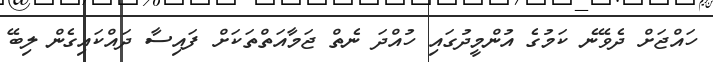
ހައްޖަށް ދެވޭނެ ކަމުގެ އުންމީދުގައި ހުއްދަ ނެތް ޖަމާއަތްތަކަށް ފައިސާ ދައްކައިގެން ލިބޭ